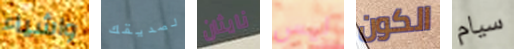
واشياء لصديقك نايثان ليس الكون سيام